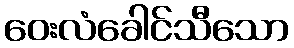
ဝေးလံခေါင်သီသော